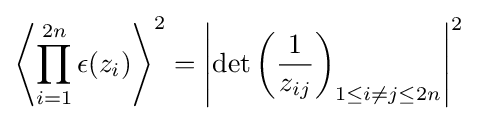
\left\langle \prod _{i=1}^{2n}\epsilon (z_{i})\right\rangle ^{2}=\left|\det \left({\frac {1}{z_{ij}}}\right)_{1\leq i\neq j\leq 2n}\right|^{2}